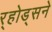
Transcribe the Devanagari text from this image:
र्‍होड्सने